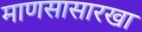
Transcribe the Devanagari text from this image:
माणसासारखा